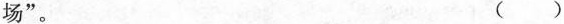
场”。 ()